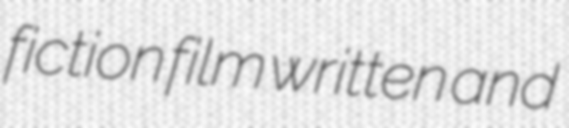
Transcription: fiction film written and